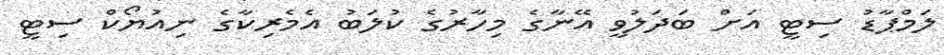
ލަމްޕާޑު ސިޓީ އަށް ބަދަލުވީ އޭނާގެ މިހާރުގެ ކުލަބު އެމެރިކާގެ ނިއުޔޯކް ސިޓީ